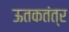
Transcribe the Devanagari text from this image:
ऊतकतंत्र